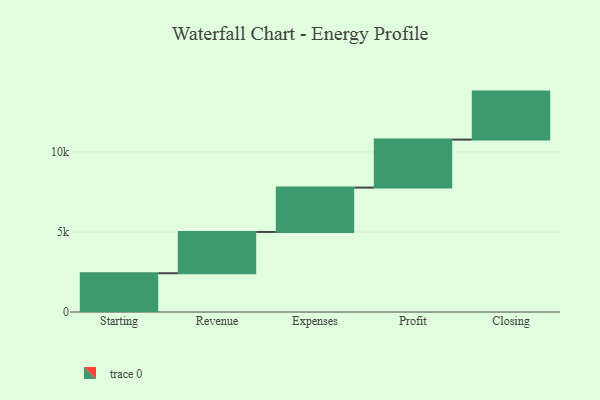
{"axis": {"x": "Step", "y": "Value"}, "legend": [""], "data": [{"x": "Starting", "y": 2422.0, "type": ""}, {"x": "Revenue", "y": 2581.0, "type": ""}, {"x": "Expenses", "y": 2770.0, "type": ""}, {"x": "Profit", "y": 3000, "type": ""}, {"x": "Closing", "y": 3000, "type": ""}]}